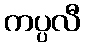
ကပ္ပလီ